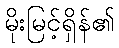
မိုးမြင့်ရှိန်၏